Civil Veterinary Department. Madras. Admin. report 1910-25 - 1910-1925
Year: 1910
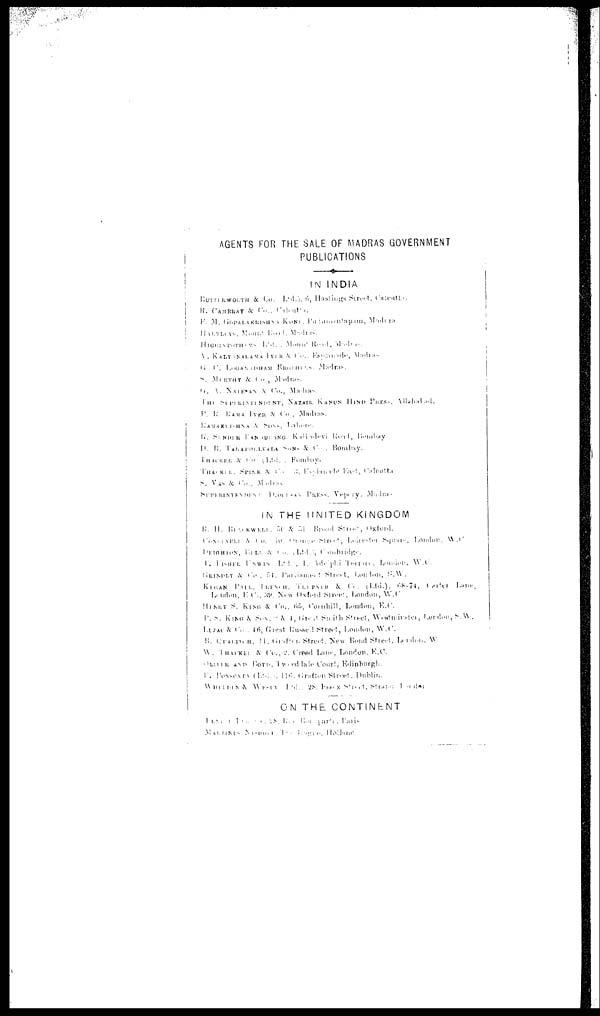
AGENTS FOR THE SALE OF MADRAS GOVERNMENT
PUBLICATIONS
IN INDIA
IN THE UNITED KINGDOM
ON THE CONTINENT